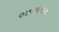
ભજવનારા